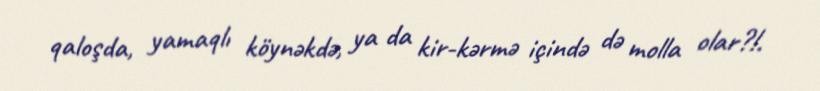
qaloşda, yamaqlı köynəkdə, ya da kir-kərmə içində də molla olar?!.